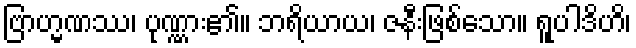
ဗြာဟ္မဏဿ၊ ပုဏ္ဏား၏။ ဘရိယာယ၊ ဇနီးဖြစ်သော။ ရူပါဒိဟိ၊